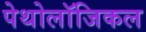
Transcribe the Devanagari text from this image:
पेथोलॉजिकल